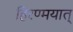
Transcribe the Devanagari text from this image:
हिरण्मयात्